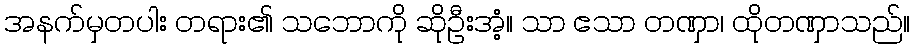
အနက်မှတပါး တရား၏ သဘောကို ဆိုဦးအံ့။ သာ ဧသာ တဏှာ၊ ထိုတဏှာသည်။